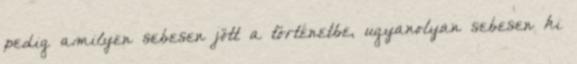
pedig amilyen sebesen jött a történetbe, ugyanolyan sebesen ki